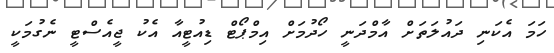
ހަމަ އެކަނި ދައުލަތަށް އާމްދަނީ ހޯދުމަށް އިމްޕޯޓް ޑިއުޓީއާ އެކު ޖީއެސްޓީ ނެގުމަކީ